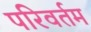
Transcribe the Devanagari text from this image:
परिवर्तम